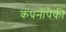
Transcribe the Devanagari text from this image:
कंपनींपैकी